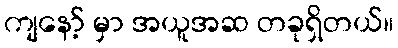
ကျနော့် မှာ အယူအဆ တခုရှိတယ်။